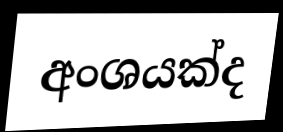
අංශයක්ද